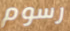
رسوم